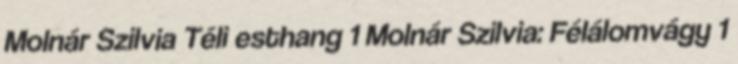
Molnár Szilvia Téli esthang 1 Molnár Szilvia: Félálomvágy 1